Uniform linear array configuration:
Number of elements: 8
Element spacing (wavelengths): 0.75
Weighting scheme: blackman
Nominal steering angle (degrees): -45
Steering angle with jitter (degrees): -45.766
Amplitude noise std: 0.05
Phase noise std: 0.05

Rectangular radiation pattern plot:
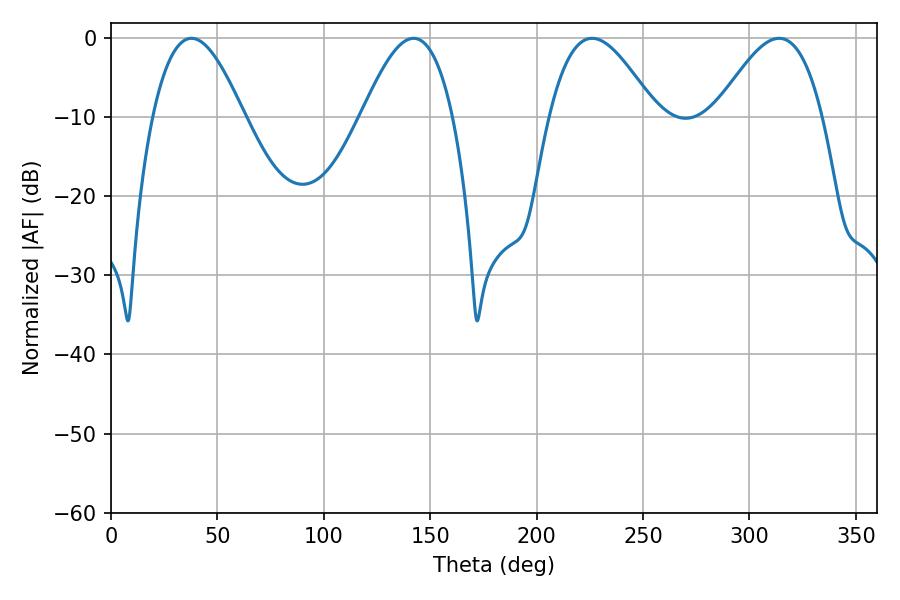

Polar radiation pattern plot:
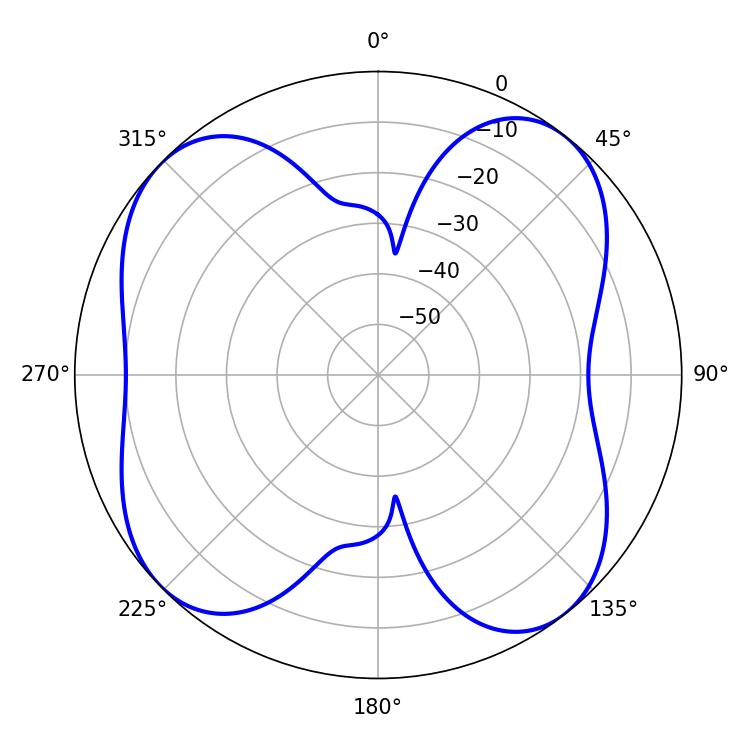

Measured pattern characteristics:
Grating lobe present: TRUE
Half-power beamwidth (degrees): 27
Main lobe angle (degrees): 226.08